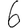
Digit: 6